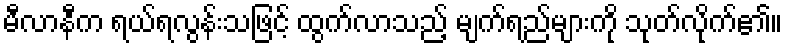
မီလာနီက ရယ်ရလွန်းသဖြင့် ထွက်လာသည့် မျက်ရည်များကို သုတ်လိုက်၏။